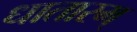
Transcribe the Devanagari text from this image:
धातारम्